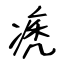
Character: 痜